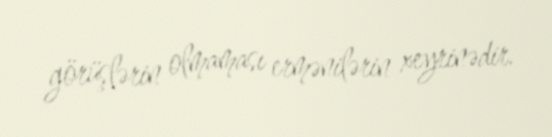
görüşlərin olmaması ermənilərin xeyrinədir.